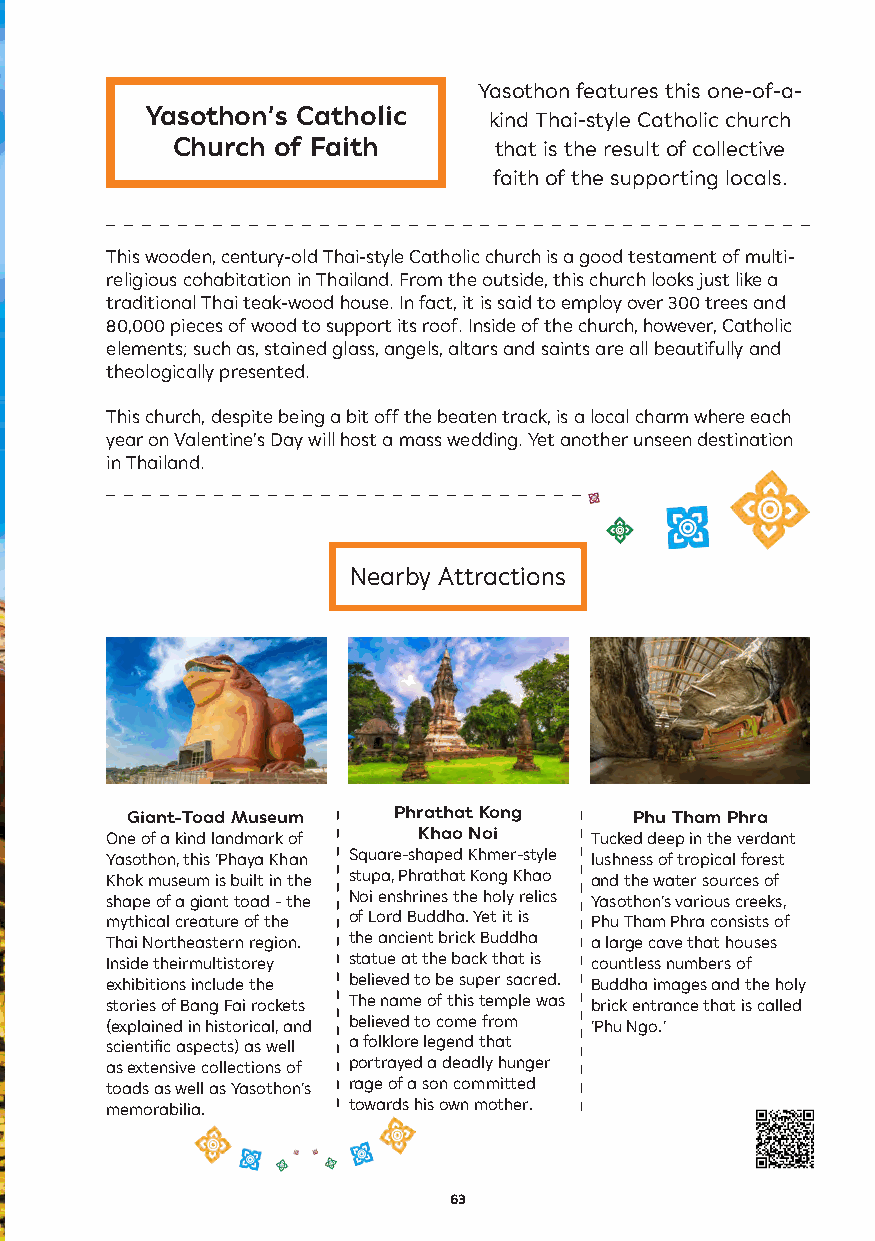
Yasothon features this one-of-a-
 Yasothon’s Catholic   kind Thai-style Catholic church
 Church of Faith       that is the result of collective
 faith of the supporting locals.
 This wooden, century-old Thai-style Catholic church is a good testament of multi-
 religious cohabitation in Thailand. From the outside, this church looks just like a
 traditional Thai teak-wood house. In fact, it is said to employ over 300 trees and
 80,000 pieces of wood to support its roof. Inside of the church, however, Catholic
 elements; such as, stained glass, angels, altars and saints are all beautifully and
 theologically presented.
 This church, despite being a bit off the beaten track, is a local charm where each
 year on Valentine’s Day will host a mass wedding. Yet another unseen destination
 in Thailand.
 Nearby Attractions
 Giant-Toad Museum Phrathat Kong   Phu Tham Phra
 One of a kind landmark of Khao Noi Tucked deep in the verdant
 Yasothon, this ‘Phaya Khan Square-shaped Khmer-style lushness of tropical forest
 Khok museum is built in the stupa, Phrathat Kong Khao and the water sources of
 shape of a giant toad - the Noi enshrines the holy relics Yasothon’s various creeks,
 mythical creature of the of Lord Buddha. Yet it is Phu Tham Phra consists of
 Thai Northeastern region. the ancient brick Buddha a large cave that houses
 Inside theirmultistorey statue at the back that is countless numbers of
 exhibitions include the believed to be super sacred. Buddha images and the holy
 stories of Bang Fai rockets The name of this temple was brick entrance that is called
 (explained in historical, and believed to come from ‘Phu Ngo.’
 scientific aspects) as well a folklore legend that
 as extensive collections of portrayed a deadly hunger
 toads as well as Yasothon’s rage of a son committed
 memorabilia.    towards his own mother.
 63